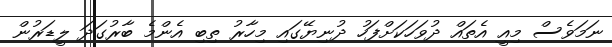
ނަމަވެސް މިއީ އެތައް ދުވަހަކަށްފަހު ދުނިޔޭގައި މިހާރު ތިބި އެންމެ ބާރުގަދަ ލީޑަރުން